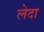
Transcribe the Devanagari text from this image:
लेदा